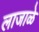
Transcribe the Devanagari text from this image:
लाजाळे